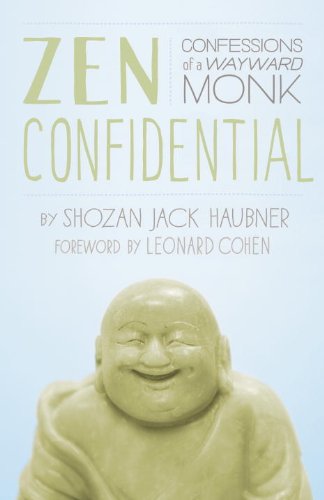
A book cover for Zen Confidential: Confessions of a Wayward Monk; Shozan Jack Haubner; Humor & Entertainment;